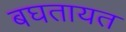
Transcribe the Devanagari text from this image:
बघतायत